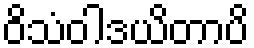
ဝိသံဝါဒယိတာပိ